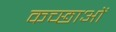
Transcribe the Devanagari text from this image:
कच्छाओं